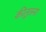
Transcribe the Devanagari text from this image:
कीतुलना